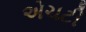
એચટી